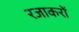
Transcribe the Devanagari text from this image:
रजाकरों